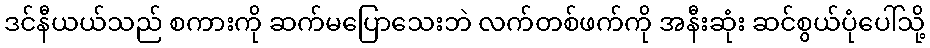
ဒင်နီယယ်သည် စကားကို ဆက်မပြောသေးဘဲ လက်တစ်ဖက်ကို အနီးဆုံး ဆင်စွယ်ပုံပေါ်သို့